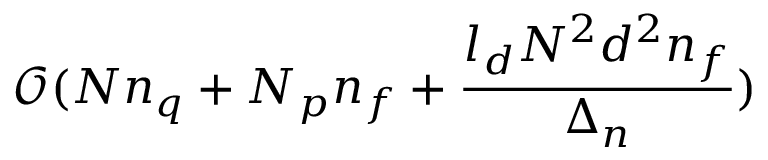
\mathcal { O } ( N n _ { q } + N _ { p } n _ { f } + \frac { l _ { d } N ^ { 2 } d ^ { 2 } n _ { f } } { \Delta _ { n } } )